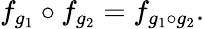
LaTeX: f_{g_{1}}\circ f_{g_{2}}=f_{g_{1}\circ g_{2}}.